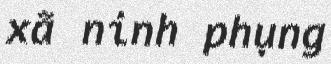
xã ninh phụng